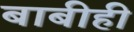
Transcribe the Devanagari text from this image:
बाबीही